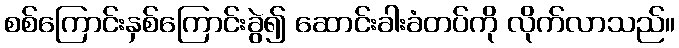
စစ်ကြောင်းနှစ်ကြောင်းခွဲ၍ ဆောင်းခါးခံတပ်ကို လိုက်လာသည်။